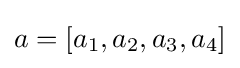
a=\left[a_{1},a_{2},a_{3},a_{4}\right]